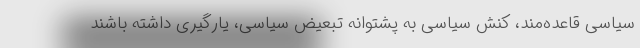
سیاسی قاعده‌مند، کنش سیاسی به پشتوانه تبعیض سیاسی، یارگیری داشته باشند